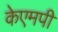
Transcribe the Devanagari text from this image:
केएमपी